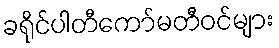
ခရိုင်ပါတီကော်မတီဝင်များ